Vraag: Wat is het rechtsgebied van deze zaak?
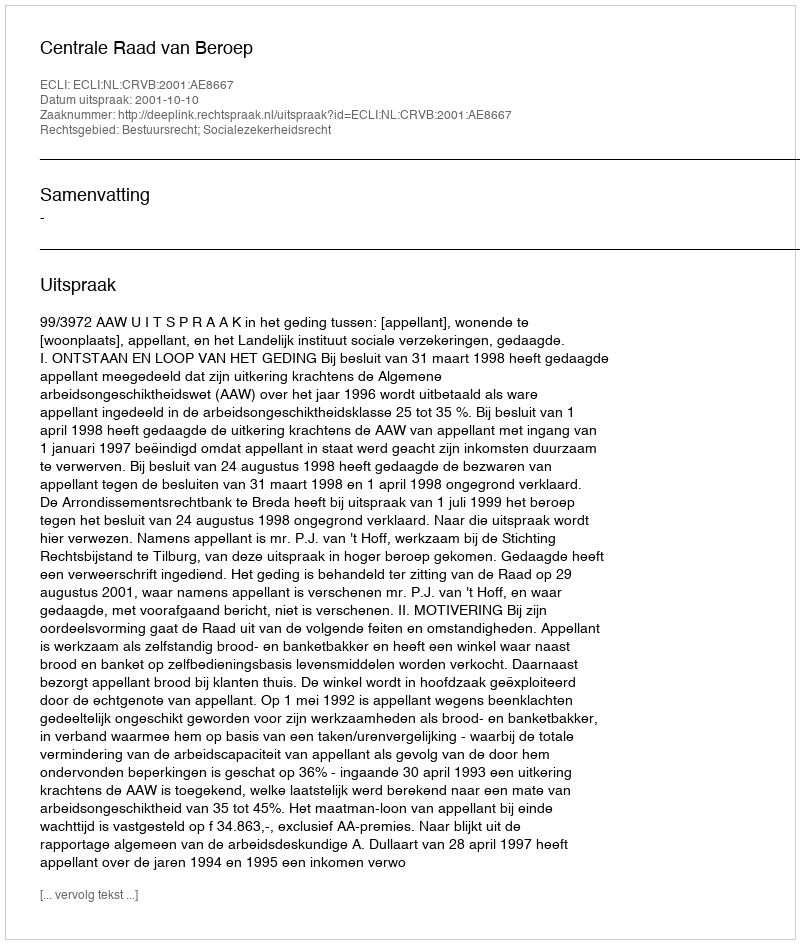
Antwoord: Bestuursrecht; Socialezekerheidsrecht